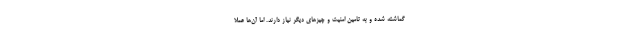
گماشته شده و به تامین امنیت و چیزهای دیگر نیاز دارند. اما آن‌ها عملا